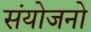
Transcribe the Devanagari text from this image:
संयोजनो